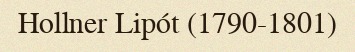
Hollner Lipót (1790-1801)